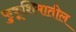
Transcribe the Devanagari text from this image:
फुकूशिमातील